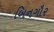
બિનગૌર